Scottish Certificate of Education, 1962
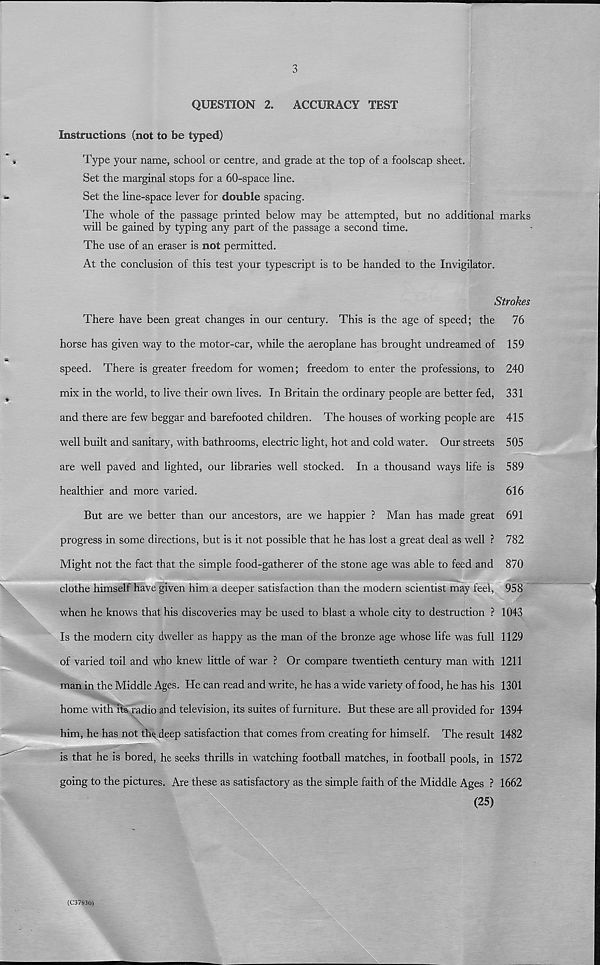
3
QUESTION 2.
ACCURACY TEST
Instructions (not to be typed)
Type your name, school or centre, and grade at the top of a foolscap sheet.
Set the marginal stops for a 60-space line.
Set the line-space lever for double spacing.
The whole of the passage printed below may be attempted, but no additional marks
will be gained by typing any part of the passage a second time.
The use of an eraser is not permitted.
At the conclusion of this test your typescript is to be handed to the Invigilator.
Strokes
There have been great changes in our century. This is the age of speed; the
76
horse has given way to the motor-car, while the aeroplane has brought undreamed of 159
speed. There is greater freedom for women; freedom to enter the professions, to 240
mix in the world, to live their own lives. In Britain the ordinary people are better fed, 331
and there are few beggar and barefooted children. The houses of working people are 415
well built and sanitary, with bathrooms, electric light, hot and cold water. Our streets 505
are well paved and lighted, our libraries well stocked. In a thousand ways life is 589
healthier and more varied.
616
But are we better than our ancestors, are we happier ? Man has made great 691
progress in some directions, but is it not possible that he has lost a great deal as well ? 782
Might not the fact that the simple food-gatherer of the stone age was able to feed and 870
clothe himself have given him a deeper satisfaction than the modern scientist may feel, 958
when he knows that his discoveries may be used to blast a whole city to destruction ? 1043
Is the modern city dweller as happy as the man of the bronze age whose life was full 1129
of varied toil and who knew little of war ? Or compare twentieth century man with 1211
man in the Middle Ages. He can read and write, he has a wide variety of food, he has his 1301
home withdts radio and television, its suites of furniture. But these are all provided for 1394
him, he has not thy deep satisfaction that comes from creating for himself. The result 1482
is that he is bored, he seeks thrills in watching football matches, in football pools, in 1572
going to the pictures. Are these as satisfactory as the simple faith of the Middle Ages ? 1662
(25)
(C37930)